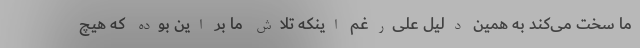
ما سخت می‌کند به همین دلیل علی‌رغم اینکه تلاش ما بر این بوده که هیچ